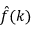
{ \hat { f } } ( k )